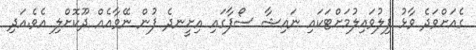
ގެއަށްވަދެ ވާޅު ފިލުވައިލުމަށްޓަކައި ނައިޝާ ސޯފާގައި އިށީނދެ ފުން ނޭވާއެއް ދޫކޮށްލި އެވެ.އަދި